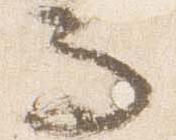
而